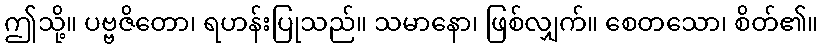
ဤသို့။ ပဗ္ဗဇိတော၊ ရဟန်းပြုသည်။ သမာနော၊ ဖြစ်လျှက်။ စေတသော၊ စိတ်၏။